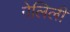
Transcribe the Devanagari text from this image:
गेलिली